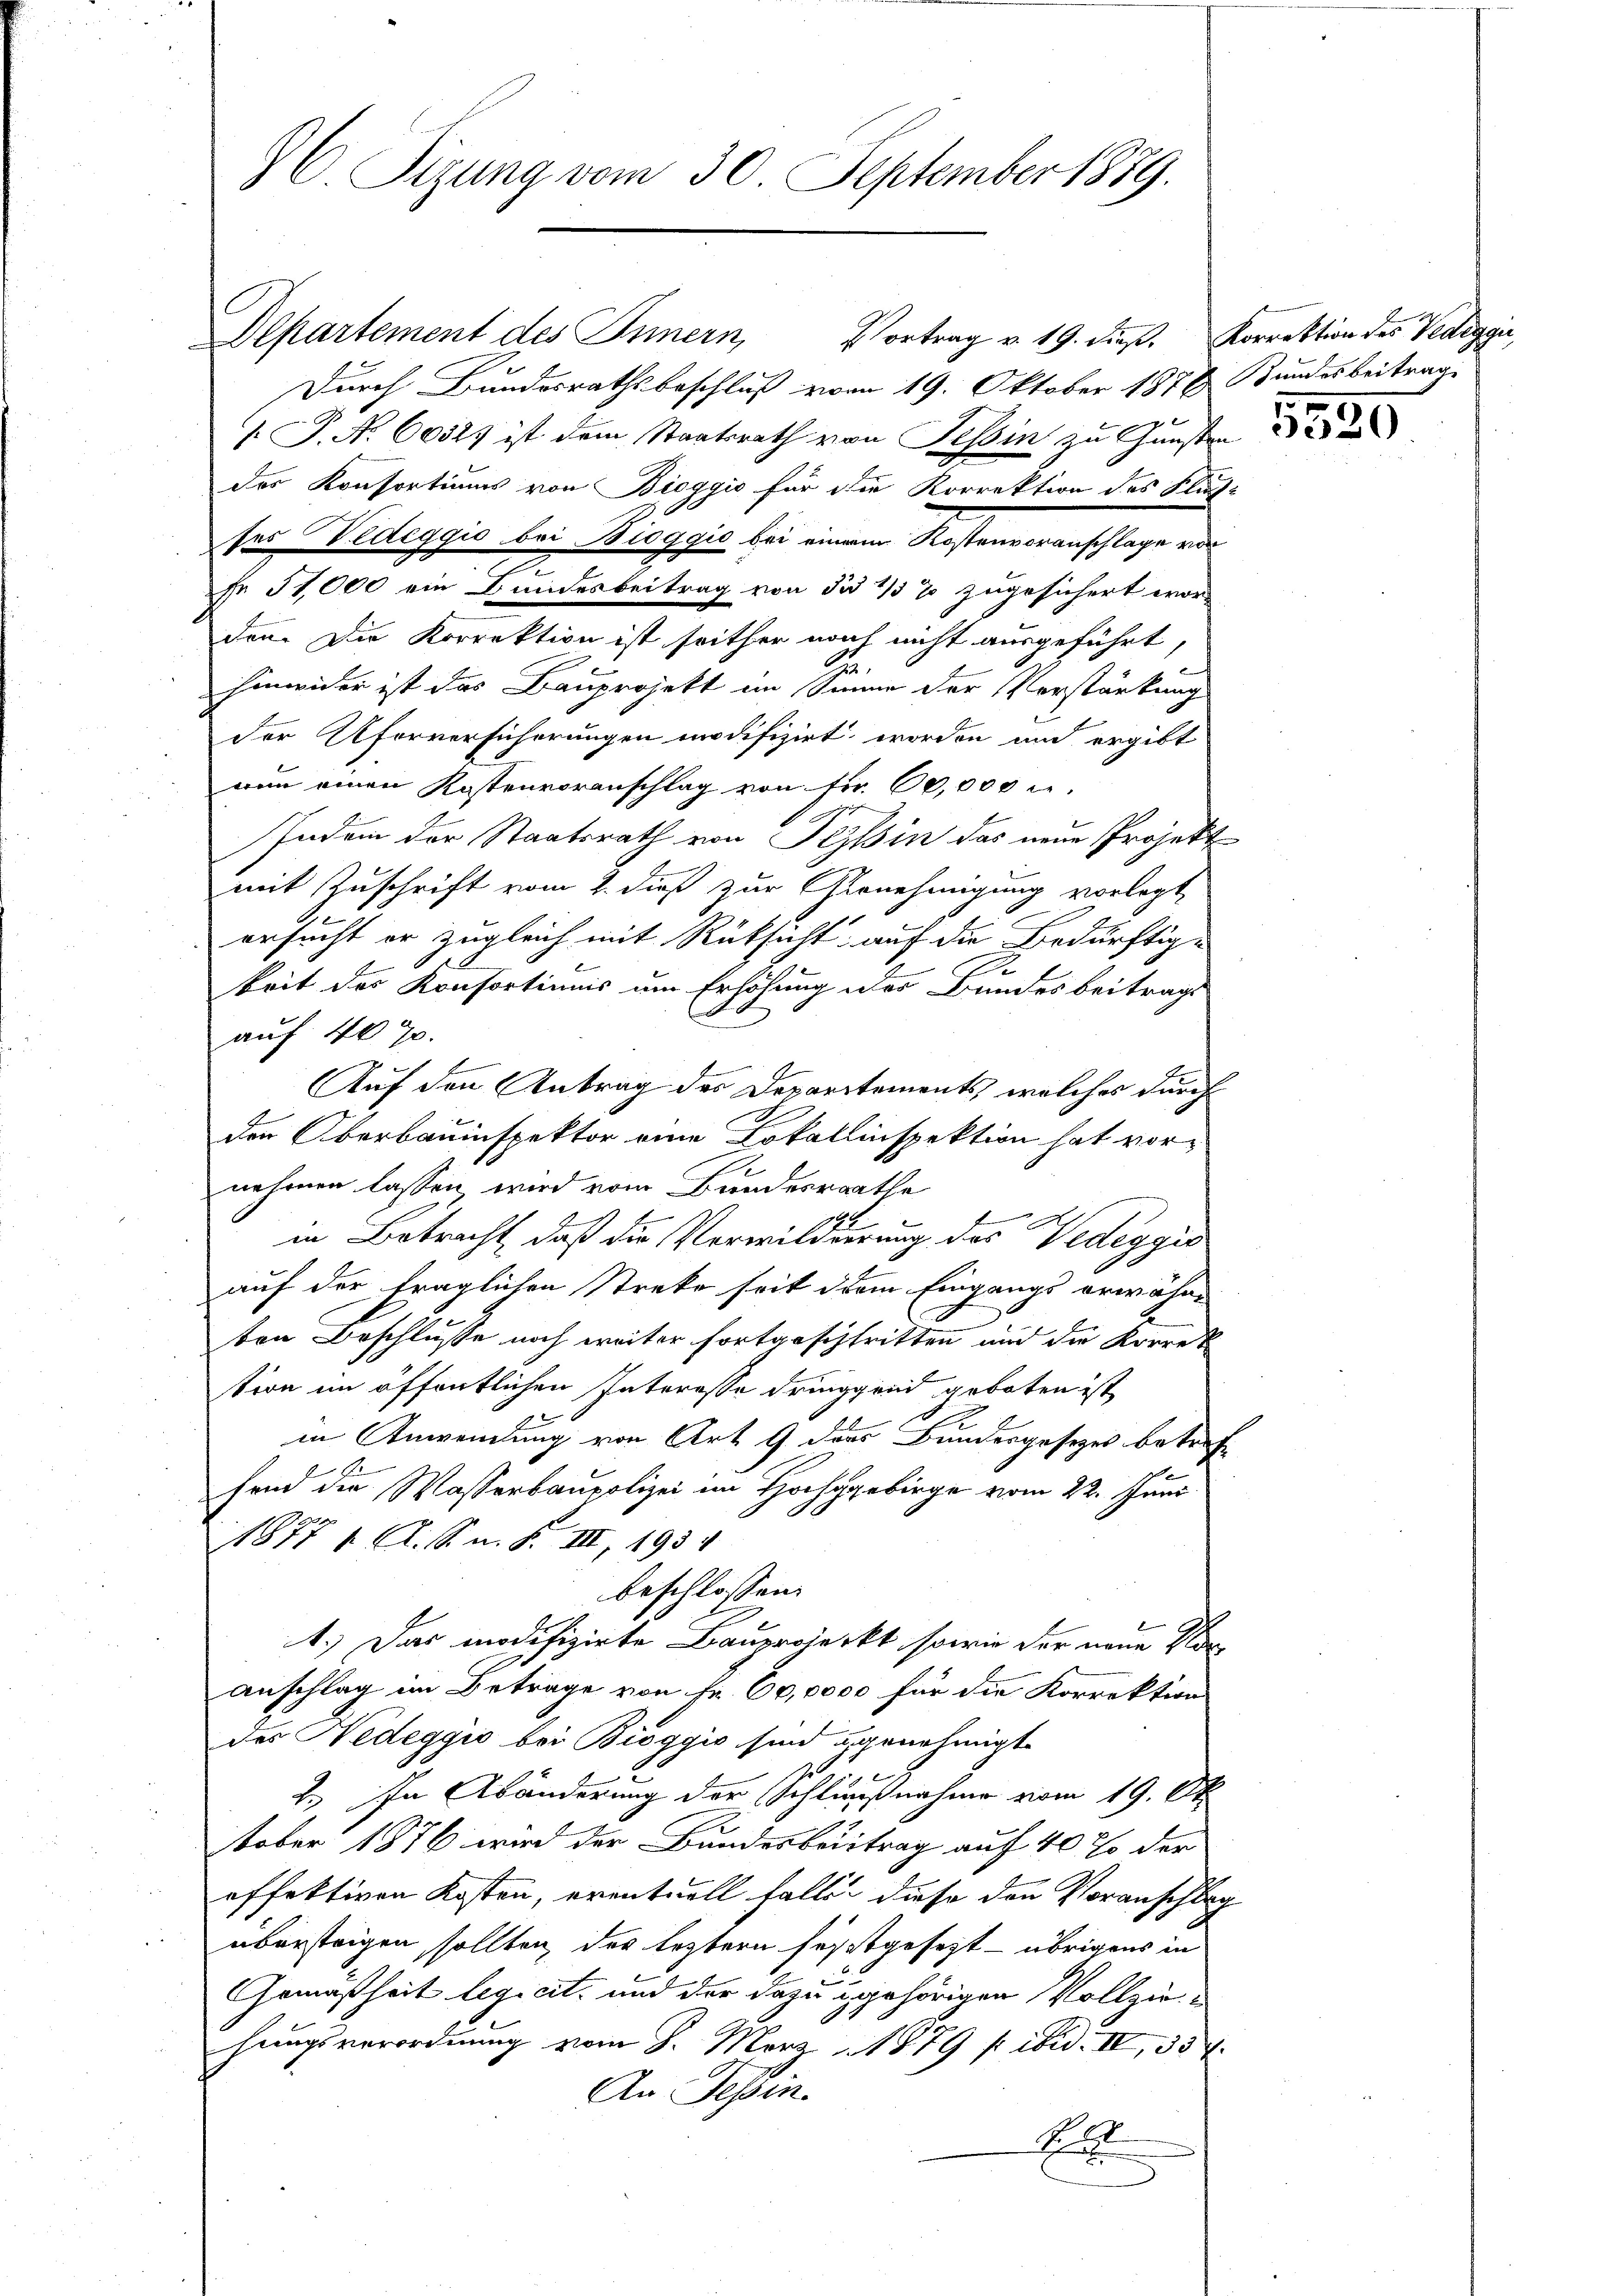
C. Sizung vom 30. September 1889.

Departement des Innern, Vortrag v. 19. dieβ. Korrektion des Vedegger,
Durch Bundesrathsbeschluß vom 19. Oktober 1878 Bundesbeitrag
 P. No. 60523 ist dem Staatsrath von Tessin zu Gunsten
des Konsortiums von Bioggio für die Korrektion des Stutz
ses Wedeggio bei Bioggio bei einem Kostenvoranschlage vor
Fr. 51,000 ein Bundesbeitrag von die 1/3 % zugesichert wor
den. Die Korrektion ist seither noch nicht ausgeführt,
u
hinwider ist das Bauprojekt im Sinne der Verstärkung
der Uferversicherungen modifizirt worden und ergibt
nun einen Kostenvoranschlag von Fr. 60,000 er¬
Indem der Staatsrath von Tessin das neue Projekt
mit Zuschrift vom 2. dieß zur Genehmigung vorlegt,
ersucht er zugleich mit Rüksicht auf die Bedürftige
e
keit des Konsortinis um Erhöhung der Bundesbeitrags
auf 40 70.
Auf den Antrag des Departements, welches durch
der Oberbauinspektor eine Lokallinspektion hat vornehmen lassen wird vom Bundesrathe
in Betracht, daß die Verwilderung des Vedeggio
auf der fraglichen Streke seit dem Eingangs erwähne
ten Beschlusse noch weiter fortgeschritten und die Korrek
tion im öffentlichen Interesse dringgend geboten ist,
in Anwendung von Art. 9 des Bundesgesetzes betreffend die Wasserbaupolizei im Hochgebirge vom 22. Juni
1877 1. A. S. n. F. III, 1934
beschlossen:
1.) Das modifizirte Bauprojeckt, sowie der neue Voranschlag im Betrage von Fr. 60,0000 für die Korrektion
des Hedeggio bei Bioggio sind ungenehmigt.
2.) In Abänderung der Schlußnahme vom 19. Ok
tober 1876 wird der Bundesbeitrag auf 40 so der
effektiven Kosten, eventuell falle diese den Voranschlag
übersteigen sollten, der leztern festgesetzt - übrigens in
Gemäßheit legicit, und der dazu gehörigen Vollzieg
hungsverordnung vom 8. März 1879 f ibid. II, 334.
An Tessin.
S

5520